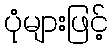
ပုံများဖြင့်